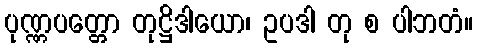
ပုဏ္ဏပတ္တော တုဋ္ဌိဒါယော၊ ဥပဒါ တု စ ပါဘတံ။